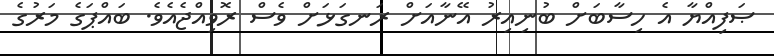
ޞަފިއްޔާ އެ ހިސާބަށް ބުނިއިރު އޭނާއަށް ރަނގަޅަށް ވެސް ރޮވިއްޖެއެވެ. ބައްޕަގެ މަރުގެ